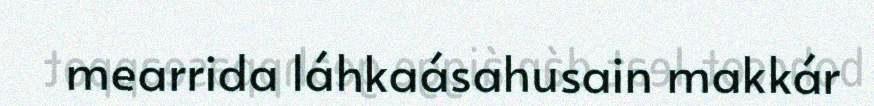
mearrida láhkaásahusain makkár